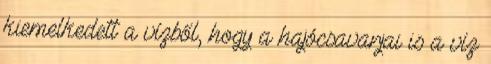
kiemelkedett a vízből, hogy a hajócsavarjai is a víz